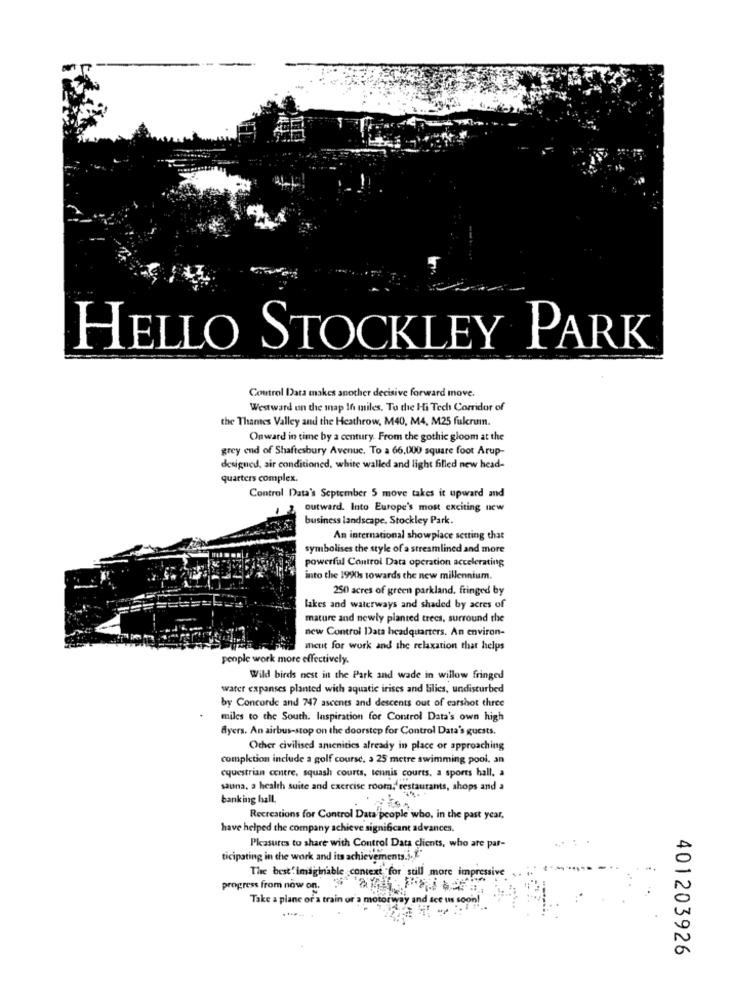
HELLO STOCKLEY PARK
Control Data makes another decisive forward move.
Westward on the map 16 miles, To the Hi Tech Corridor of
the Thames Valley and the Heathrow, M40, M4, M25 fulcrumn.
Onward in time by a century. From the gothic gloom at the
grey end of Shaftesbury Avenue. To a 66,000 square foot Arup-
designed, air conditioned, white walled and light filled new head-
quarters complex.
Control Data's September 5 move takes it upward and
outward. Into Europe's most exciting new
business landscape. Stockley Park.
An international showplace setting that
symbolises the style of a streamlined and more
powerful Control Data operation accelerating
into the 1990s towards the new millennium.
250 acres of green parkland. fringed by
lakes and waterways and shaded by acres of
mature and newly planted trees, surround the
new Control Data headquarters. An environ-
ment for work and the relaxation that helps
people work more effectively.
Wild birds nest in the Park and wade in willow fringed
water expanses planted with aquatic irises and lilies, undisturbed
by Concorde and 747 ascenes and descents out of earshot three
miles to the South. Inspiration for Control Data's own high
Ayers. An airbus-stop on the doorstep for Control Data's guests.
Other civilised amenities already in place or approaching
completion include a golf course, > 25 metre swimming pool, an
equestrian contre, squash courts, tennis courts. a sports hall. a
sauna, a health suite and exercise room, restaurants, shops and a
banking hall.
Recreations for Control Data people who, in the past year,
have helped the company achieve significant advances.
Pleasures to share with Control Data clients, who are par-
ticipating in the work and its achievements .... "
The best" imaginable context for still more impressive
progress from now on.
Take a plane or a train or a motorway and see us
401203926